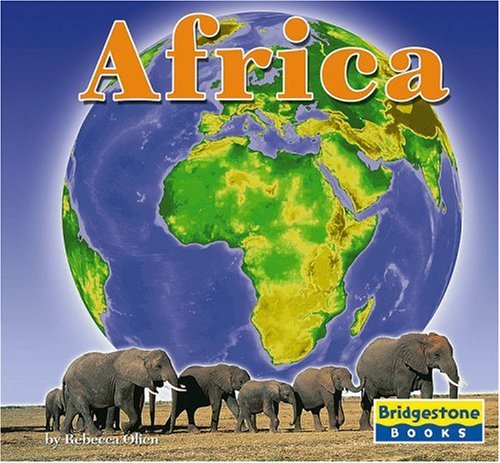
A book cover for Africa (The Seven Continents); A. R. Schaefer; Children's Books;